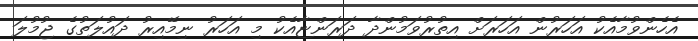
އެހެންވުމާއެކު އަހަރުން އަހަރަށް އިތުރުވަމުންދާ ދަރަންޏާއެކު މި އަހަރު ނިމޭއިރު ދައުލަތުގެ ޖުމުލަ